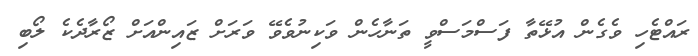
ރައްޓެހި ވެގެން އުޅޭތާ ފަސްމަސްވީ ތަނާހެން ވަކިނުވެވޭ ވަރަށް ޒައިންއަށް ޒޯރާދެކެ ލޯބި